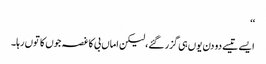
‘‘
ایسے تیسے دو دن یوں ہی گزر گئے،لیکن اماں بی کا غصہ جوں کا توں رہا۔